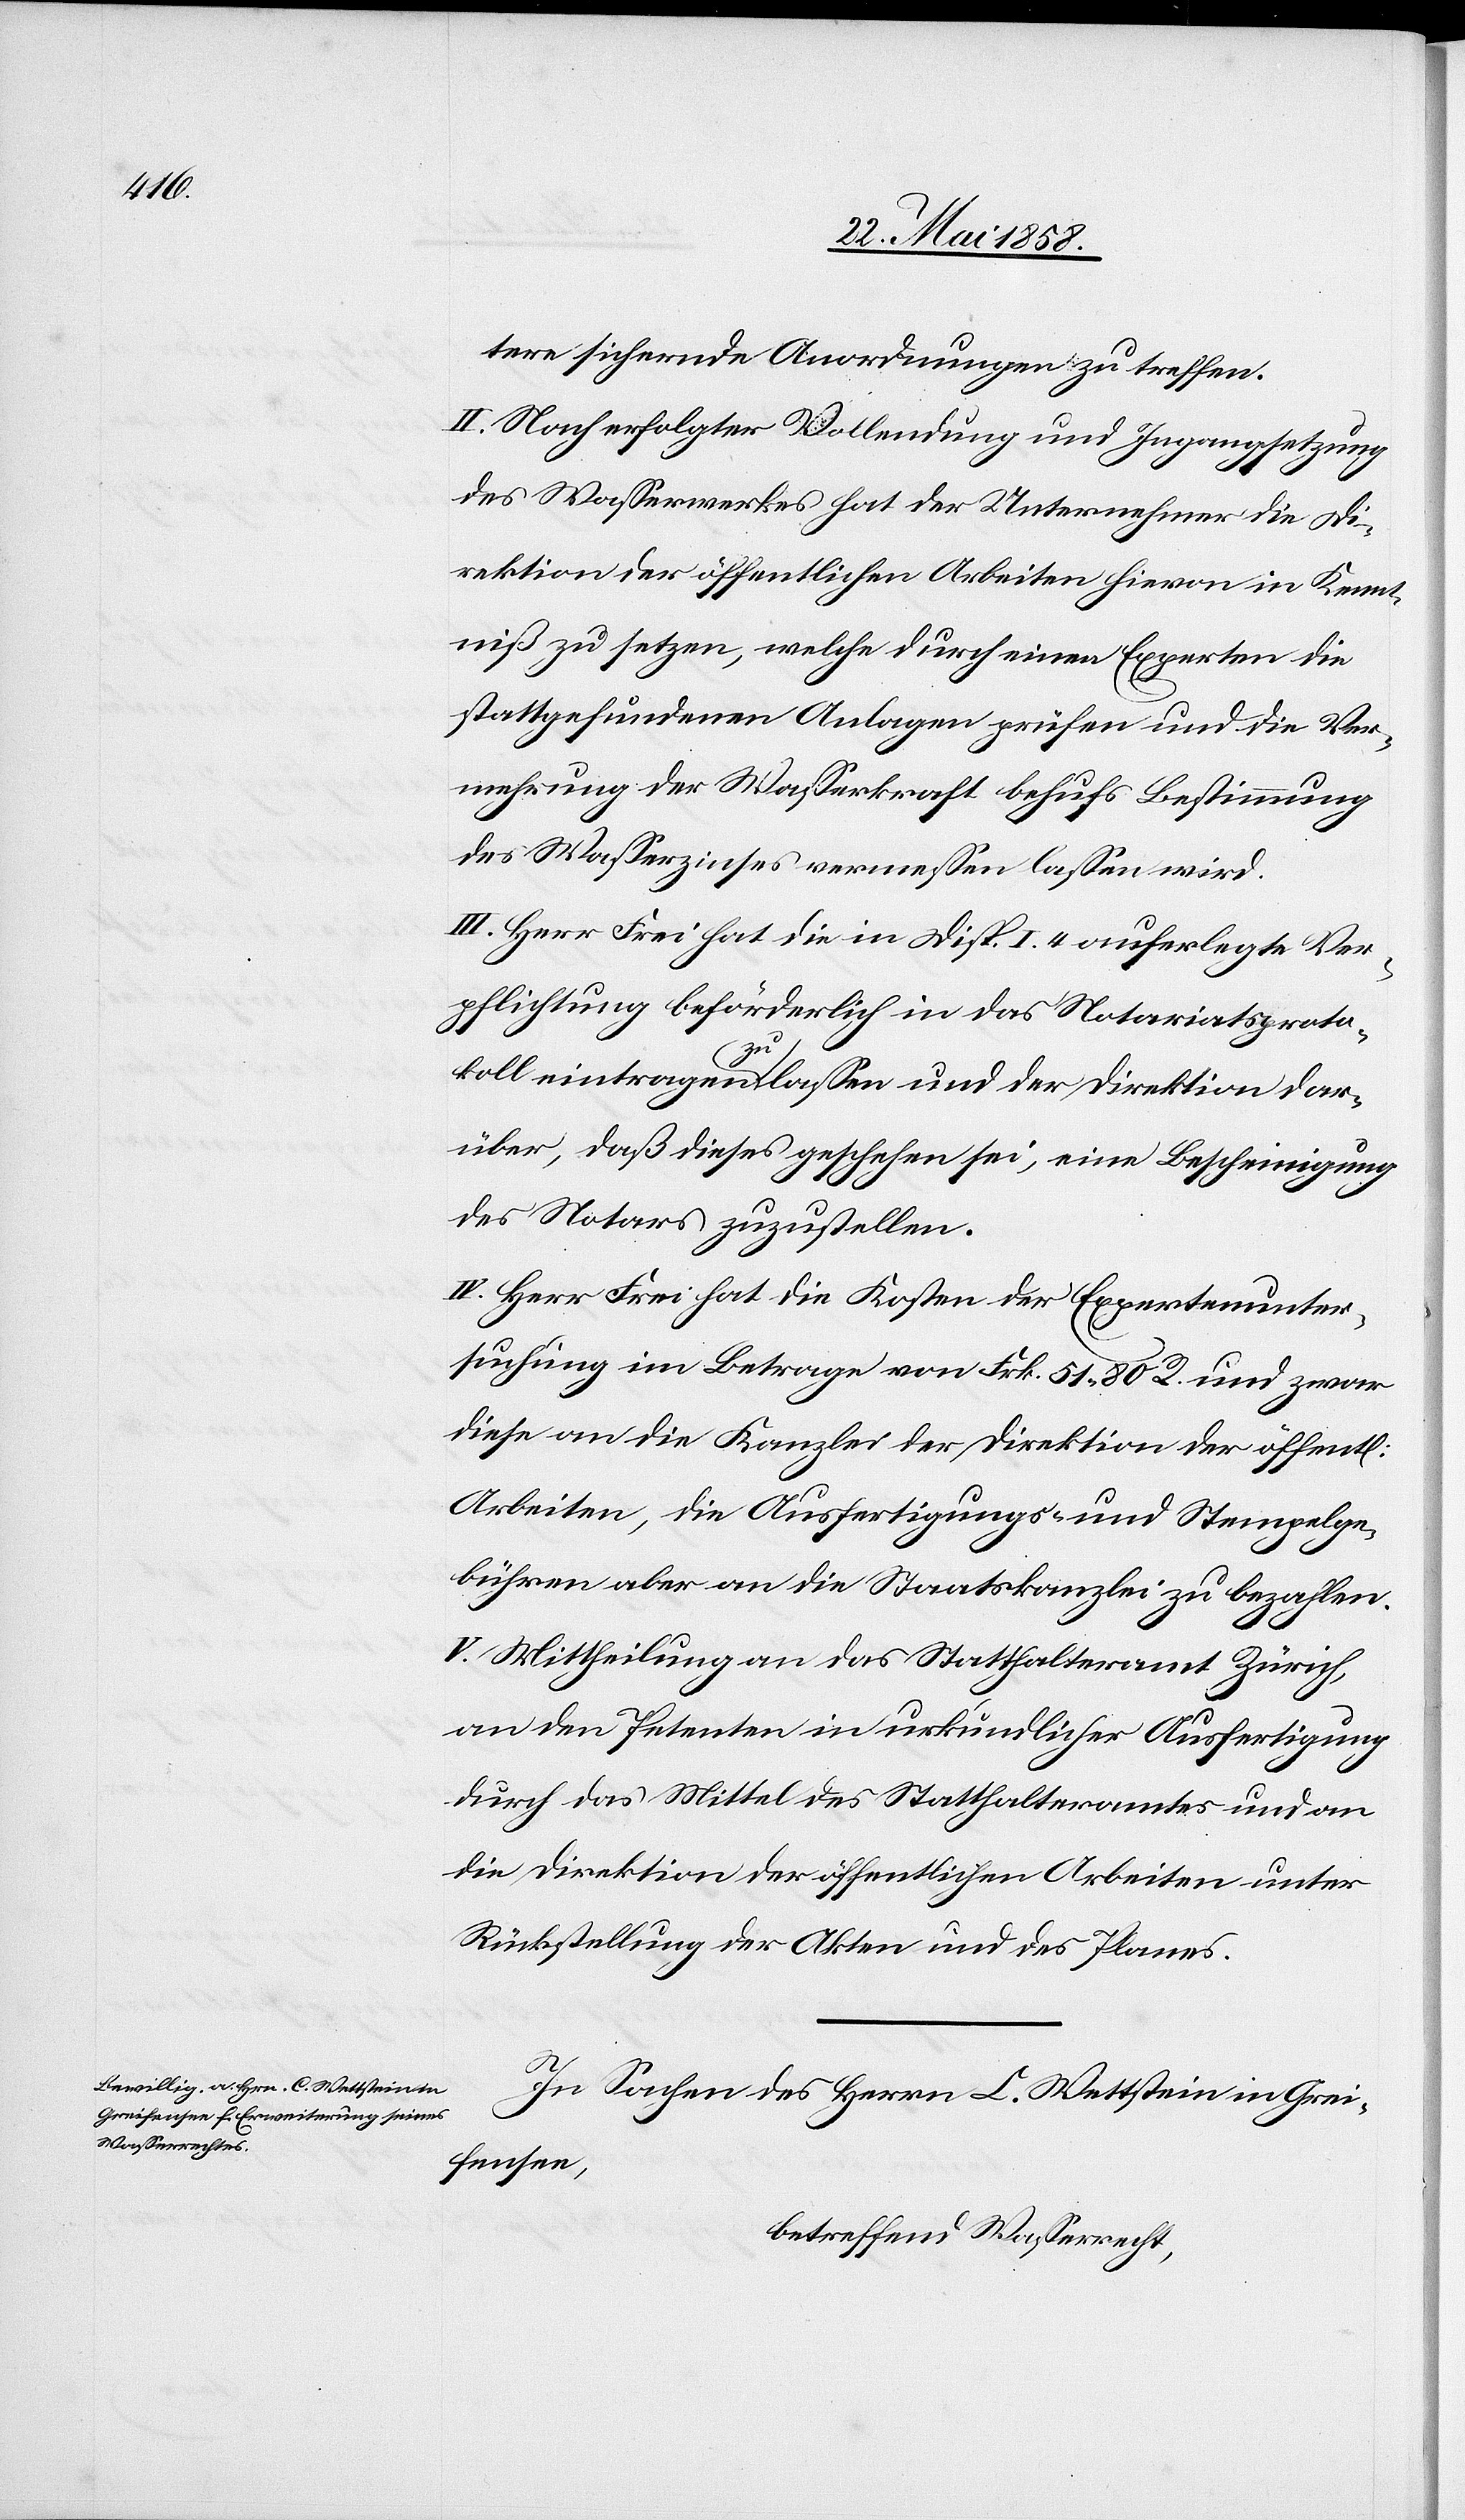
tere sichernde Anordnungen zu treffen.
II. Nach erfolgter Vollendung und Ingangsetzung
des Wasserwerkes hat der Unternehmer die Di¬
rektion der öffentlichen Arbeiten hievon in Kennt¬
niß zu setzen, welche durch einen Experten die
stattgefundenen Anlagen prüfen und die Ver¬
mehrung der Wasserkraft behufs Bestimmung
des Wasserzinses vermessen lassen wird.
II. Herr Frei hat die in Disp. I 4 auferlegte Ver¬
pflichtung beförderlich in das Notariatsproto¬
chen]
koll eintragen zu lassen und der Direktion dar¬
über, daß dieses geschehen sei, eine Bescheinigung
des Notars zuzustellen.
IV. Herr Frei hat die Kosten der Expertenunter¬
suchung im Betrage von Frk. 51 80 R. und zwar
diese an die Kanzlei der Direktion der öffent[li¬
Arbeiten, die Ausfertigungs- und Stempelge¬
bühren aber an die Staatskanzlei zu bezahlen.
V. Mittheilung an das Statthalteramt Zürich,
an den Petenten in urkundlicher Ausfertigung
durch das Mittel des Statthalteramtes und an
die Direktion der öffentlichen Arbeiten unter
Rückstellung der Akten und des Planes.
In Sachen des Herrn C. Wettstein in Grei¬
fensee,
betreffend Wasserrecht,